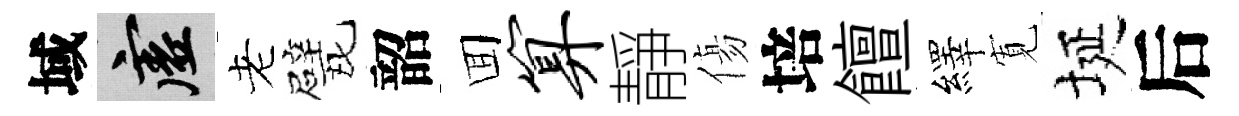
域虚老戏韶囬算靜傷培饘繹𡩖埏后